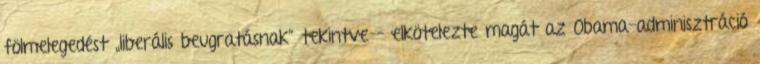
fölmelegedést „liberális beugratásnak” tekintve – elkötelezte magát az Obama-adminisztráció